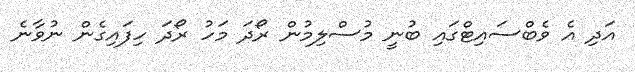
އަދި އެ ވެބްސައިޓްގައި ބުނީ މުސްލިމުން ރޯދަ މަހު ރޯދަ ހިފައިގެން ނުވާނެ